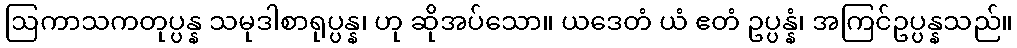
ဩကာသကတုပ္ပန္န သမုဒါစာရုပ္ပန္န၊ ဟု ဆိုအပ်သော။ ယဒေတံ ယံ ဧတံ ဥပ္ပန္နံ၊ အကြင်ဥပ္ပန္နသည်။